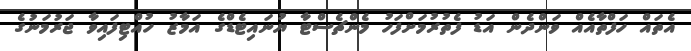
އެތައް ހަފްތާއެއް ވަންދެން އަޑު ފެތުރުމަށްފަހު މެންޗެސްޓާ ޔުނައިޓެޑްގެ އަމާޒު ހުއްޓިފައިވާ ޖަރުމަނުގެ